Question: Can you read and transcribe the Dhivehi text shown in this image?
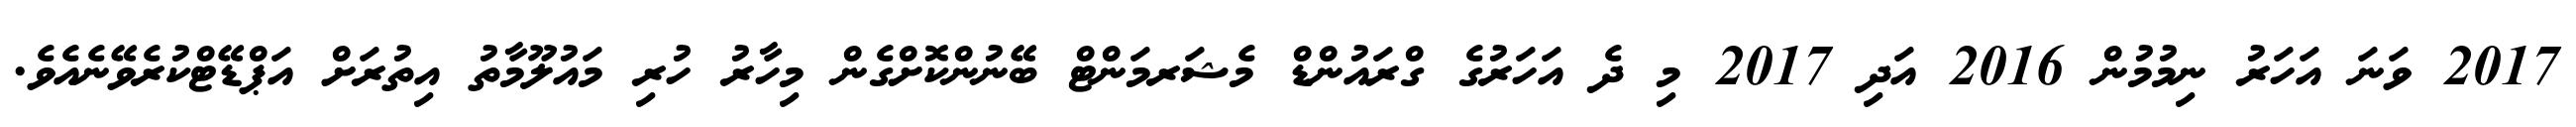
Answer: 2017 ވަނަ އަހަރު ނިމުމުން 2016 އަދި 2017 މި ދެ އަހަރުގެ ގްރައުންޑް މެޝަރމަންޓް ބޭނުންކޮށްގެން މިހާރު ހުރި މައުލޫމާތު އިތުރަށް އަޕްޑޭޓްކުރެވޭނެއެވެ.